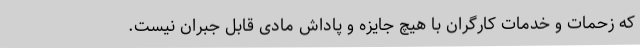
که زحمات و خدمات کارگران با هیچ جایزه و پاداش مادی قابل جبران نیست.